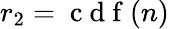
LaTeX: r_{2}=\mathrm{~c~d~f~}(n)